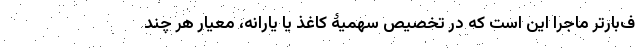
ف‌بارتر ماجرا این است که در تخصیص سهمیۀ کاغذ یا یارانه، معیار هر چند